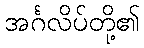
အင်္ဂလိပ်တို့၏